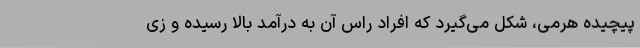
پیچیده هرمی، شکل می‌گیرد که افراد راس آن به درآمد بالا رسیده و زی